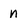
Character: n